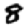
Digit: 8